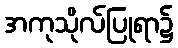
အကုသိုလ်ပြုရာ၌